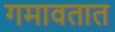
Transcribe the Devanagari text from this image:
गमावतात